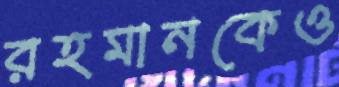
রহমানকেও